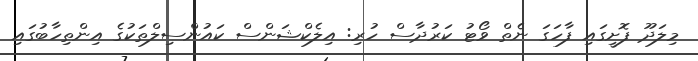
މިލަދޫ ފޮށީގައި ފާހަގަ ނެތް ވޯޓު ކަރުދާސް ހުރި: އިލެކްޝަންސް ކައުންސިލްތަކުގެ އިންތިހާބުގައި